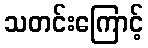
သတင်းကြောင့်